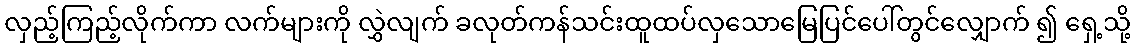
လှည့်ကြည့်လိုက်ကာ လက်များကို လွှဲလျက် ခလုတ်ကန်သင်းထူထပ်လှသောမြေပြင်ပေါ်တွင်လျှောက် ၍ ရှေ့သို့